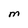
Character: M